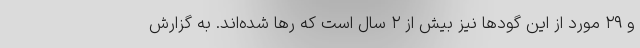
و ۲۹ مورد از این گودها نیز بیش از ۲ سال است که رها شده‌اند. به گزارش